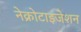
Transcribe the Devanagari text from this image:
नेक्रोटाइजेशन